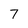
Character: 7